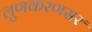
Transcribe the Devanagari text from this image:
लुणकरणसर